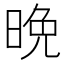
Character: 晩